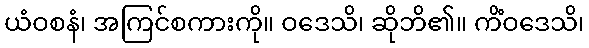
ယံဝစနံ၊ အကြင်စကားကို။ ဝဒေသိ၊ ဆိုဘိ၏။ ကိံဝဒေသိ၊